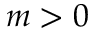
m > 0